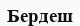
Бердеш